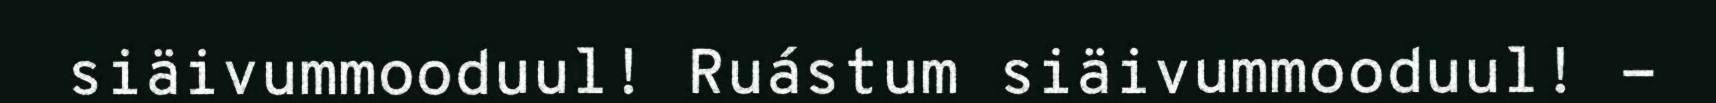
siäivummooduul! Ruástum siäivummooduul! -